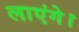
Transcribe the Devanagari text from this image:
लाएंगे।